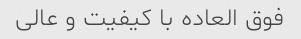
فوق العاده با کیفیت و عالی